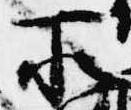
所